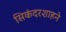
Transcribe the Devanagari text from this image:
सिकंदरशाहने